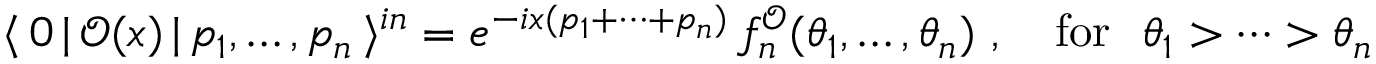
\langle \, 0 \, | \, \mathcal { O } ( x ) \, | \, p _ { 1 } , \dots , p _ { n } \, \rangle ^ { i n } = e ^ { - i x ( p _ { 1 } + \dots + p _ { n } ) } \, f _ { n } ^ { \mathcal { O } } ( \theta _ { 1 } , \dots , \theta _ { n } ) ~ , ~ ~ ~ \mathrm { f o r } ~ ~ \theta _ { 1 } > \dots > \theta _ { n }